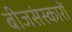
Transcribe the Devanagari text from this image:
बीजसंस्कारों